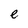
Character: e